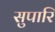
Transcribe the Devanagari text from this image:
सुपारि